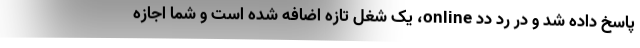
پاسخ داده شد و در رد دد online، یک شغل تازه اضافه شده است و شما اجازه